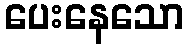
ပေးနေသော